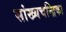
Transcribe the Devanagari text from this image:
सांख्‍यचन्द्रिका